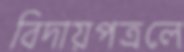
বিদায়পত্রলে